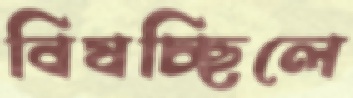
বিষচ্ছিলে